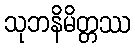
သုဘနိမိတ္တဿ